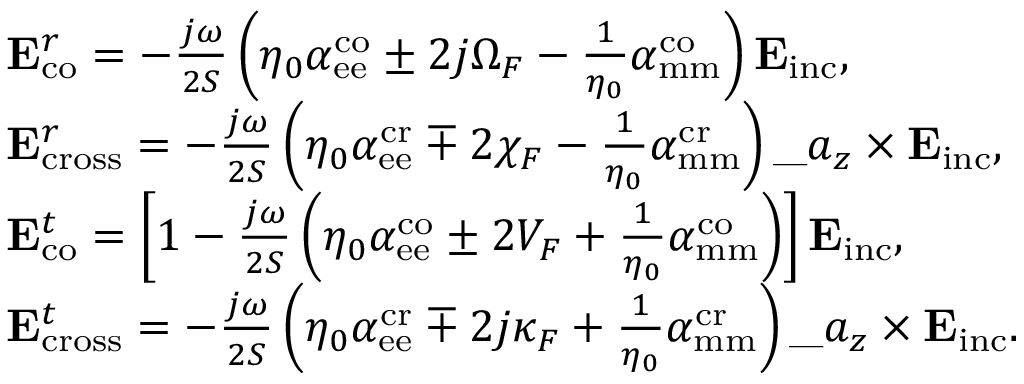
\begin{array} { r l } & { \mathbf { E } _ { \mathrm { c o } } ^ { r } = - \frac { j \omega } { 2 S } \left( \eta _ { 0 } { \alpha } _ { \mathrm { e e } } ^ { \mathrm { c o } } \pm 2 j \Omega _ { \/ F } - \frac { 1 } { \eta _ { 0 } } { \alpha } _ { \mathrm { m m } } ^ { \mathrm { c o } } \right) \mathbf { E } _ { \mathrm { i n c } } , } \\ & { \mathbf { E } _ { \mathrm { c r o s s } } ^ { r } = - \frac { j \omega } { 2 S } \left( \eta _ { 0 } { \alpha } _ { \mathrm { e e } } ^ { \mathrm { c r } } \mp 2 \chi _ { \/ F } - \frac { 1 } { \eta _ { 0 } } { \alpha } _ { \mathrm { m m } } ^ { \mathrm { c r } } \right) \_ a _ { z } \times \mathbf { E } _ { \mathrm { i n c } } , } \\ & { \mathbf { E } _ { \mathrm { c o } } ^ { t } = \left[ 1 - \frac { j \omega } { 2 S } \left( \eta _ { 0 } { \alpha } _ { \mathrm { e e } } ^ { \mathrm { c o } } \pm 2 V _ { \/ F } + \frac { 1 } { \eta _ { 0 } } { \alpha } _ { \mathrm { m m } } ^ { \mathrm { c o } } \right) \right] \mathbf { E } _ { \mathrm { i n c } } , } \\ & { \mathbf { E } _ { \mathrm { c r o s s } } ^ { t } = - \frac { j \omega } { 2 S } \left( \eta _ { 0 } { \alpha } _ { \mathrm { e e } } ^ { \mathrm { c r } } \mp 2 j \kappa _ { \/ F } + \frac { 1 } { \eta _ { 0 } } { \alpha } _ { \mathrm { m m } } ^ { \mathrm { c r } } \right) \_ a _ { z } \times \mathbf { E } _ { \mathrm { i n c } } . } \end{array}